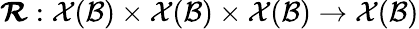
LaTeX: \boldsymbol{\mathcal{R}}:\mathcal{X}(\mathcal{B})\times\mathcal{X}(\mathcal{B})\times\mathcal{X}(\mathcal{B})\rightarrow\mathcal{X}(\mathcal{B})